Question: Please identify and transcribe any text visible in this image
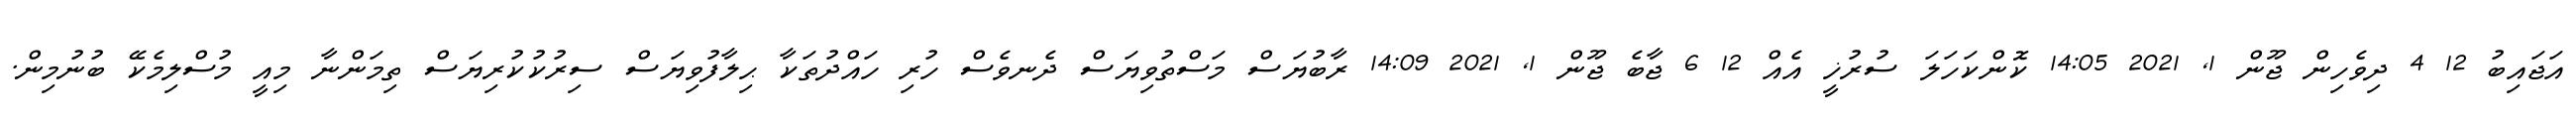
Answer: އަޖައިބު 12 4 ދިވެހިން ޖޫން 1, 2021 14:05 ކޮންކަހަލަ ސުރުޚީ އެއް 12 6 ޖާބެ ޖޫން 1, 2021 14:09 ރާބުޔަސް މަސްތުވިޔަސް ދެނވެސް ހުރި ހައްދުތަކާ ޙިލާފުވިޔަސް ސިރުކުކުރިޔަސް ތިމަންނާ މިއީ މުސްލިމެކޭ ބުނުމިން.